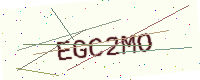
Text: EGC2MO